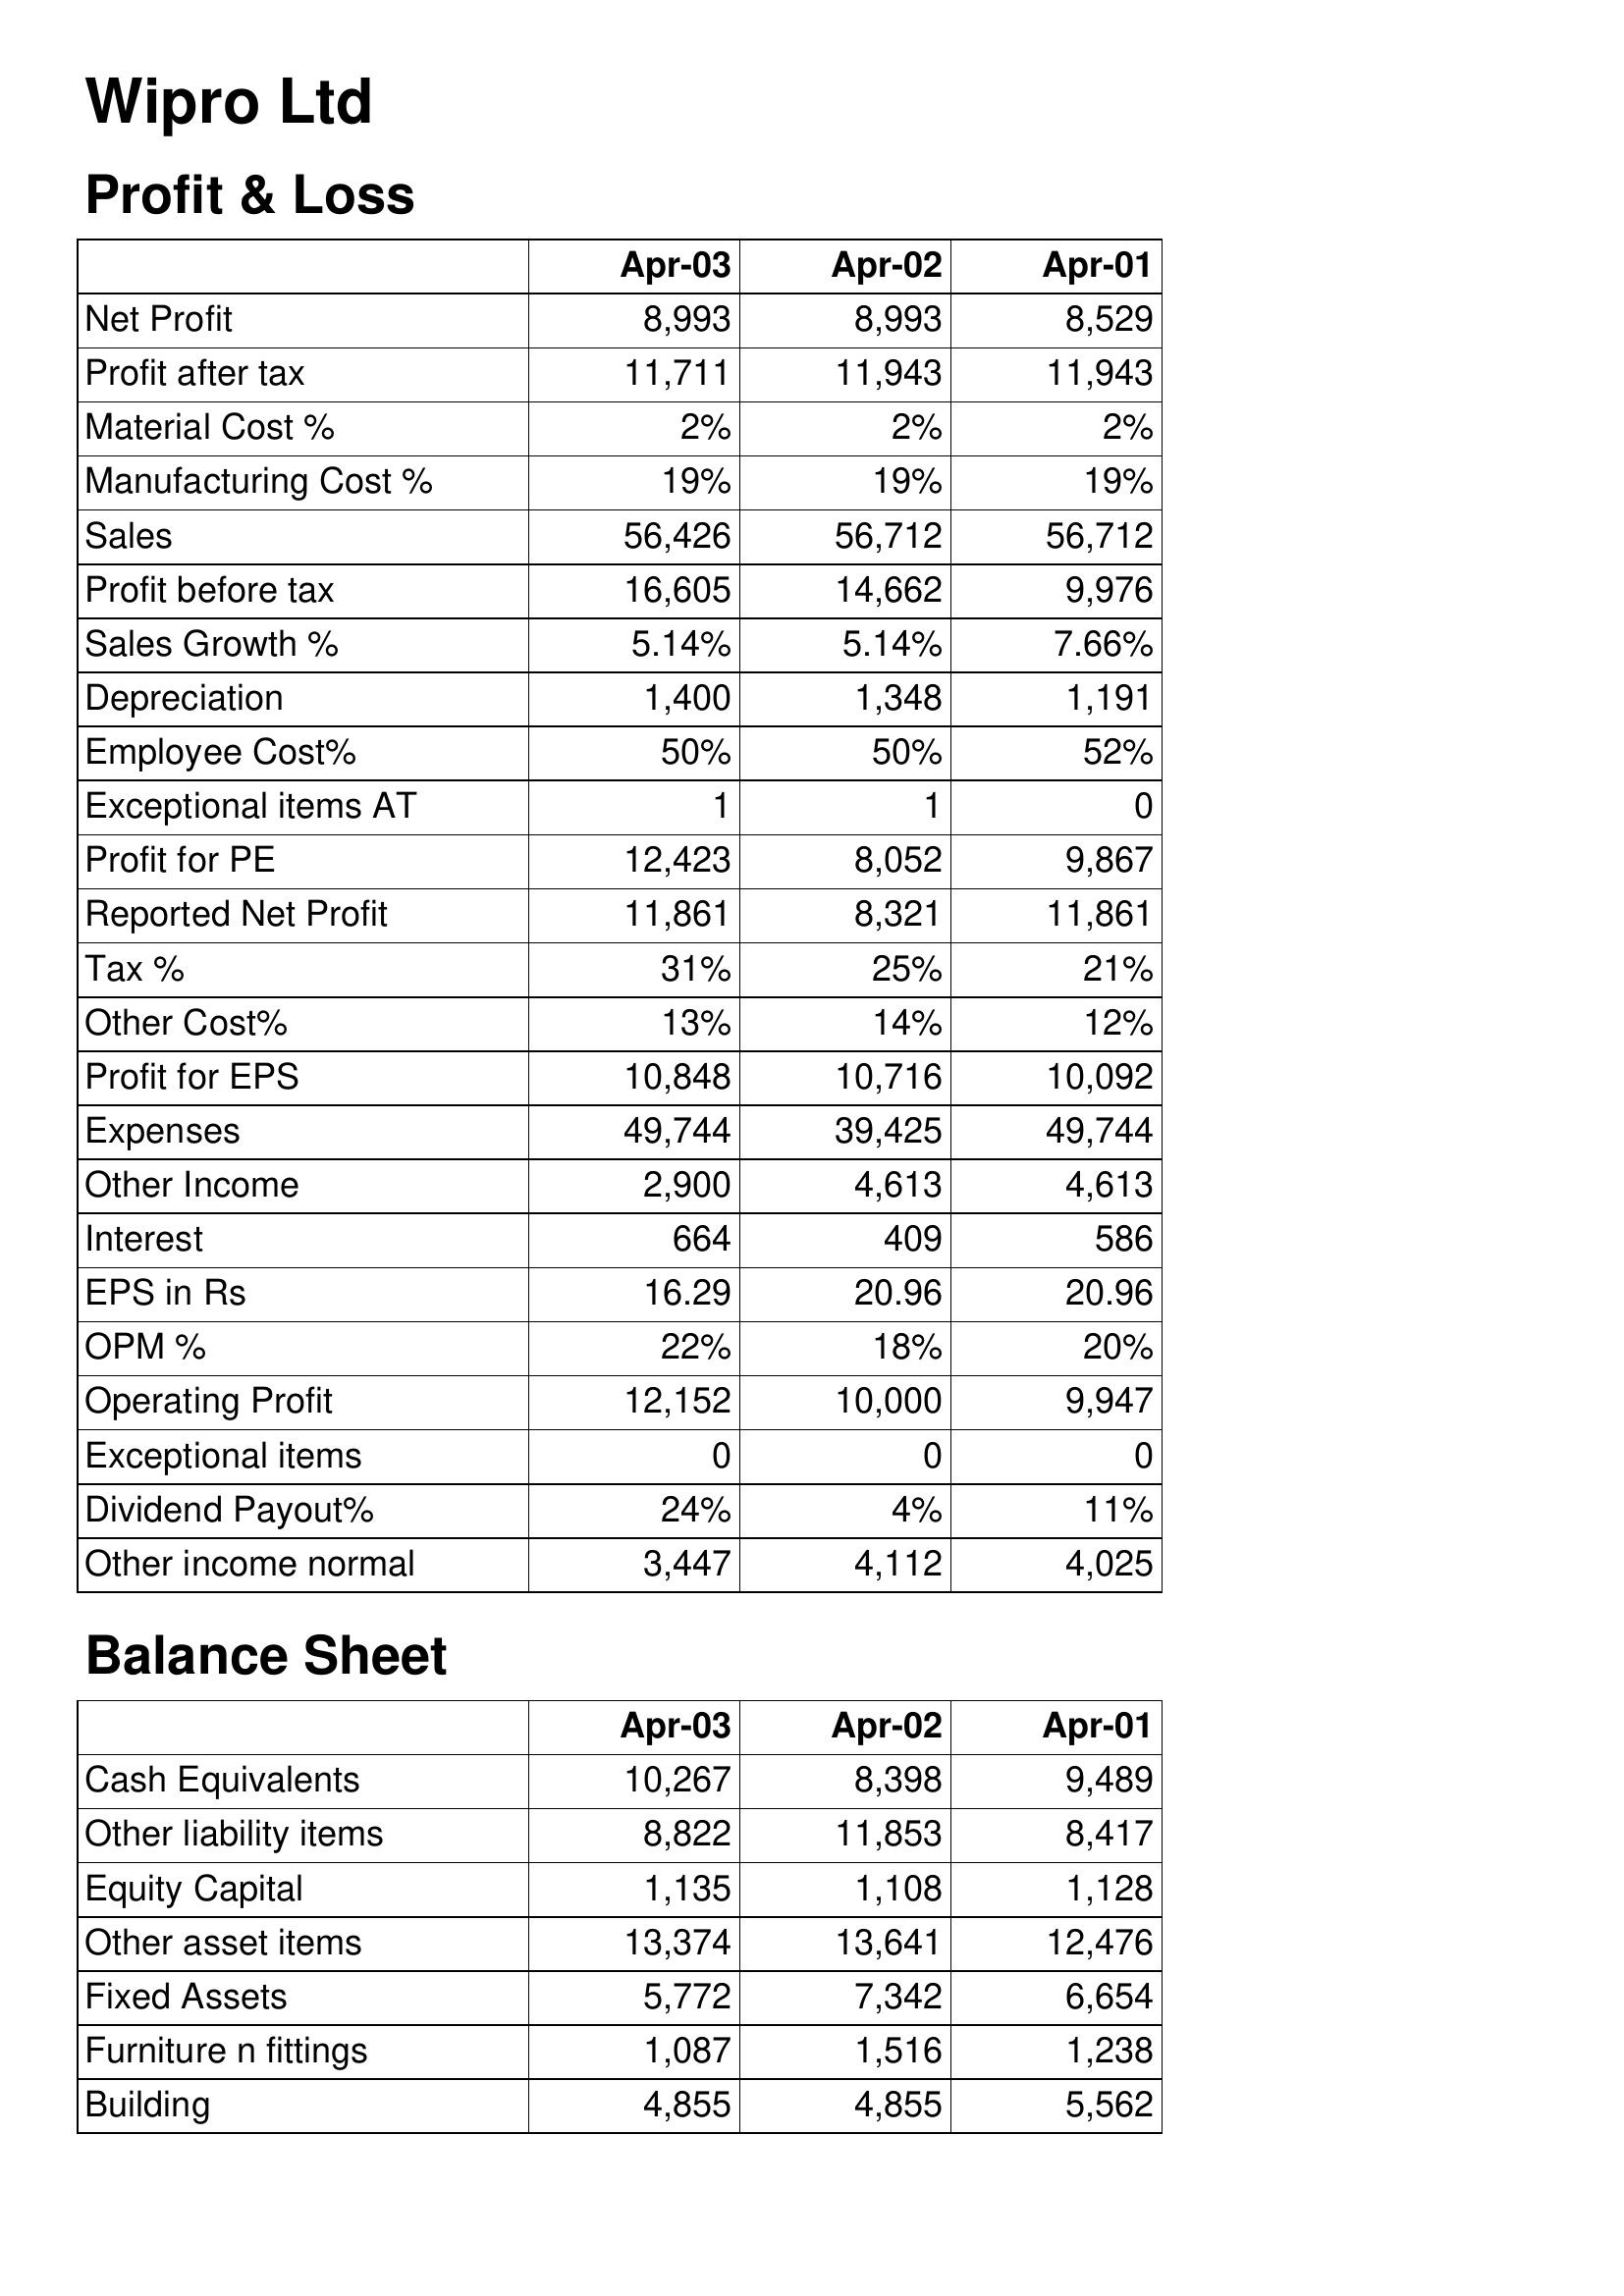
Apr-03: Profit & Loss: Net Profit: 8,993
Profit after tax: 11,711
Material Cost %: 2%
Manufacturing Cost %: 19%
Sales: 56,426
Profit before tax: 16,605
Sales Growth %: 5.14%
Depreciation: 1,400
Employee Cost%: 50%
Exceptional items AT: 1
Profit for PE: 12,423
Reported Net Profit: 11,861
Tax %: 31%
Other Cost%: 13%
Profit for EPS: 10,848
Expenses: 49,744
Other Income: 2,900
Interest: 664
EPS in Rs: 16.29
OPM %: 22%
Operating Profit: 12,152
Exceptional items: 0
Dividend Payout%: 24%
Other income normal: 3,447
Balance Sheet: Cash Equivalents: 10,267
Other liability items: 8,822
Equity Capital: 1,135
Other asset items: 13,374
Fixed Assets: 5,772
Furniture n fittings: 1,087
Building: 4,855
Apr-02: Profit & Loss: Net Profit: 8,993
Profit after tax: 11,943
Material Cost %: 2%
Manufacturing Cost %: 19%
Sales: 56,712
Profit before tax: 14,662
Sales Growth %: 5.14%
Depreciation: 1,348
Employee Cost%: 50%
Exceptional items AT: 1
Profit for PE: 8,052
Reported Net Profit: 8,321
Tax %: 25%
Other Cost%: 14%
Profit for EPS: 10,716
Expenses: 39,425
Other Income: 4,613
Interest: 409
EPS in Rs: 20.96
OPM %: 18%
Operating Profit: 10,000
Exceptional items: 0
Dividend Payout%: 4%
Other income normal: 4,112
Balance Sheet: Cash Equivalents: 8,398
Other liability items: 11,853
Equity Capital: 1,108
Other asset items: 13,641
Fixed Assets: 7,342
Furniture n fittings: 1,516
Building: 4,855
Apr-01: Profit & Loss: Net Profit: 8,529
Profit after tax: 11,943
Material Cost %: 2%
Manufacturing Cost %: 19%
Sales: 56,712
Profit before tax: 9,976
Sales Growth %: 7.66%
Depreciation: 1,191
Employee Cost%: 52%
Exceptional items AT: 0
Profit for PE: 9,867
Reported Net Profit: 11,861
Tax %: 21%
Other Cost%: 12%
Profit for EPS: 10,092
Expenses: 49,744
Other Income: 4,613
Interest: 586
EPS in Rs: 20.96
OPM %: 20%
Operating Profit: 9,947
Exceptional items: 0
Dividend Payout%: 11%
Other income normal: 4,025
Balance Sheet: Cash Equivalents: 9,489
Other liability items: 8,417
Equity Capital: 1,128
Other asset items: 12,476
Fixed Assets: 6,654
Furniture n fittings: 1,238
Building: 5,562